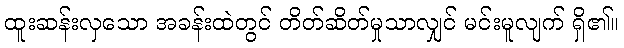
ထူးဆန်းလှသော အခန်းထဲတွင် တိတ်ဆိတ်မှုသာလျှင် မင်းမူလျက် ရှိ၏။